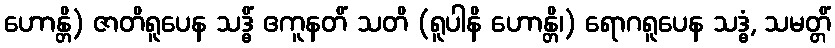
ဟောန္တိ) ဇာတိရူပေန သဒ္ဓိံ ဧကူနတိံ သတိ (ရူပါနိ ဟောန္တိ၊) ရောဂရူပေန သဒ္ဓံ, သမတ္တိံ